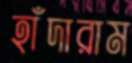
হাঁদারাম